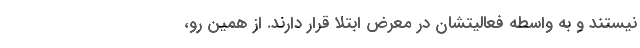
نیستند و به واسطه فعالیتشان در معرض ابتلا قرار دارند. از همین رو،